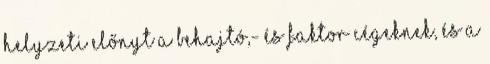
helyzeti előnyt a behajtó,- és faktor cégeknek, és a